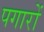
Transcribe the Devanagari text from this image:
पगारों